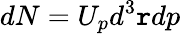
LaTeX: dN=U_{p}d^{3}\mathtt{r}dp